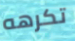
تكرهه